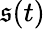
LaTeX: \mathfrak{s}(t)